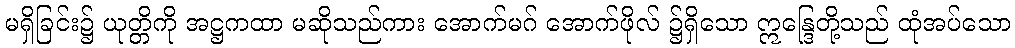
မရှိခြင်း၌ ယုတ္တိကို အဋ္ဌကထာ မဆိုသည်ကား အောက်မဂ် အောက်ဖိုလ် ၌ရှိသော ဣန္ဒြေတို့သည် ထုံအပ်သော